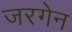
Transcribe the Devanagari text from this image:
जरगेन